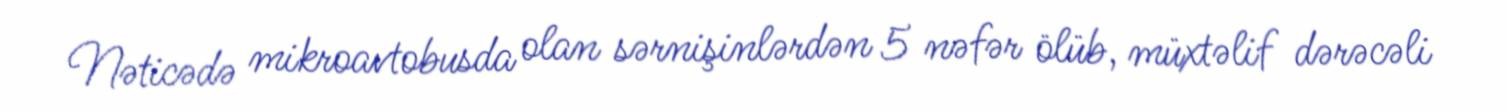
Nəticədə mikroavtobusda olan sərnişinlərdən 5 nəfər ölüb, müxtəlif dərəcəli